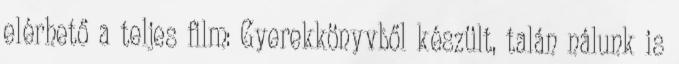
elérhető a teljes film: Gyerekkönyvből készült, talán nálunk is